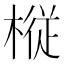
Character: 𫞋